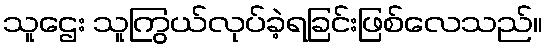
သူဌေး သူကြွယ်လုပ်ခဲ့ရခြင်းဖြစ်လေသည်။